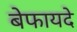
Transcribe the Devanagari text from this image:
बेफायदे